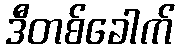
ဒီတစ်ခေါက်